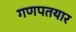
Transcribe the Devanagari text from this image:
गणपतयार